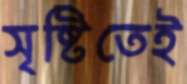
সৃষ্টিতেই